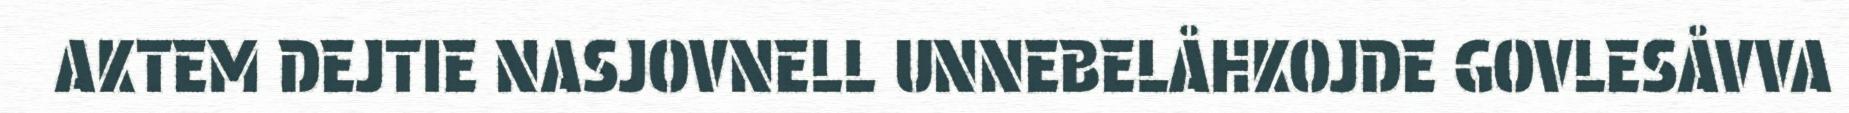
AKTEM DEJTIE NASJOVNELL UNNEBELÅHKOJDE GOVLESÅVVA